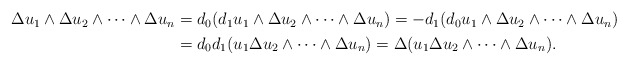
\begin{align*}\begin{aligned}\Delta u_1\wedge\Delta u_2\wedge \dots\wedge\Delta u_n&=d_0(d_1u_1\wedge\Delta u_2\wedge \dots\wedge\Delta u_n)=-d_1(d_0u_1\wedge\Delta u_2\wedge \dots\wedge\Delta u_n)\\&=d_0d_1(u_1\Delta u_2\wedge \dots\wedge\Delta u_n)=\Delta(u_1\Delta u_2\wedge \dots\wedge\Delta u_n).\end{aligned}\end{align*}